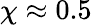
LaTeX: \chi\approx 0.5